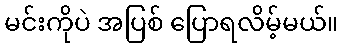
မင်းကိုပဲ အပြစ် ပြောရလိမ့်မယ်။